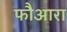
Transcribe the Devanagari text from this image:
फौआरा